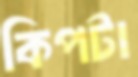
কিপটা